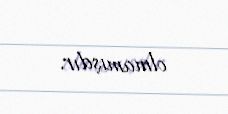
olmamışdır.